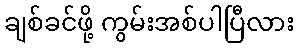
ချစ်ခင်ဖို့ ကွမ်းအစ်ပါပြီလား